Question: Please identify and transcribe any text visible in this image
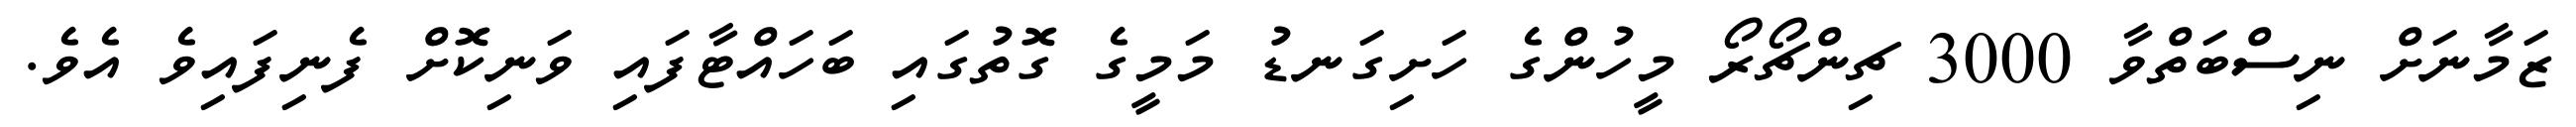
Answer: ޒަމާނަށް ނިސްބަތްވާ 3000 ޗިންޗޯރޯ މީހުންގެ ހަށިގަނޑު މަމީގެ ގޮތުގައި ބަހައްޓާފައި ވަނިކޮށް ފެނިފައިވެ އެވެ.